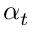
\alpha _ { t }